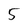
Character: 5